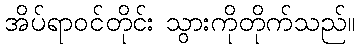
အိပ်ရာဝင်တိုင်း သွားကိုတိုက်သည်။